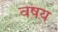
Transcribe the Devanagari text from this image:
वषय